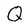
Character: Q